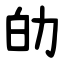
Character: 劰